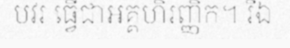
បវរ ធ្វើជាអគ្គហិរញ្ញិក។ រីឯ